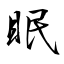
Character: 眠